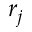
r _ { j }